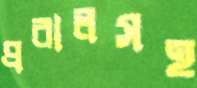
প্রবালসহ